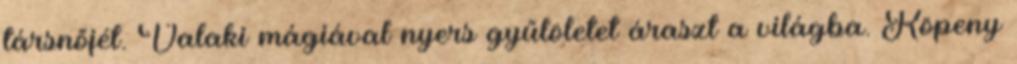
társnőjét. Valaki mágiával nyers gyűlöletet áraszt a világba. Köpeny